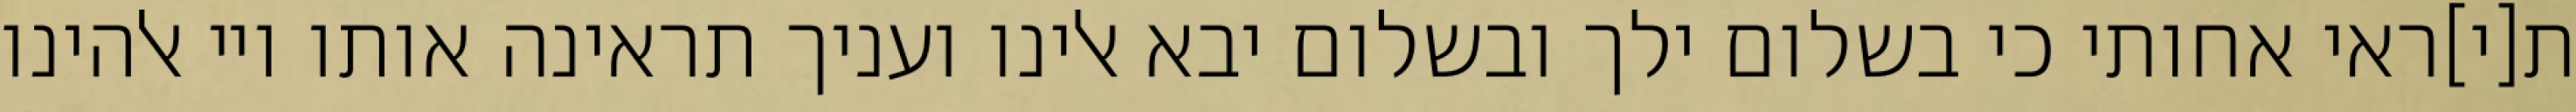
ת[י]ראי אחותי כי בשלום ילך ובשלום יבא אלינו ועניך תראינה אותו ויי אלהינו